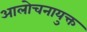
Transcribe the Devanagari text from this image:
आलोचनायुक्त